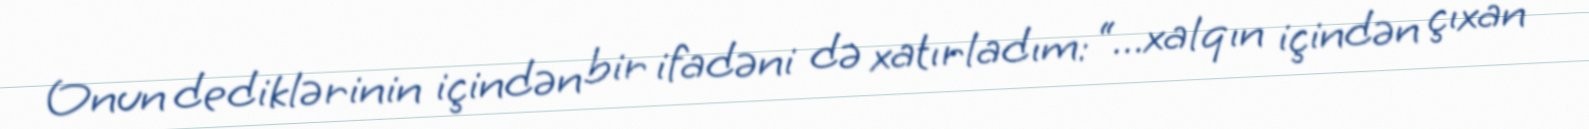
Onun dediklərinin içindən bir ifadəni də xatırladım: “...xalqın içindən çıxan